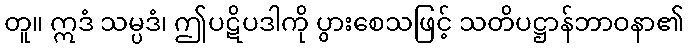
တူ။ ဣဒံ သမ္ပဒံ၊ ဤပဋိပဒါကို ပွားစေသဖြင့် သတိပဋ္ဌာန်ဘာဝနာ၏